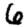
Digit: 6